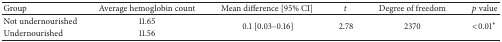
<table><thead><tr><td><b>Group </b></td><td><b>Average hemoglobin count </b></td><td><b>Mean difference [95% CI] </b></td><td><b><i>t</i></b></td><td><b>Degree of freedom </b></td><td><b><i>p</i> value </b></td></tr></thead><tbody><tr><td>Not undernourished </td><td>11.65</td><td rowspan="2"> 0.1 [0.03–0.16]</td><td rowspan="2">2.78</td><td rowspan="2">2370</td><td rowspan="2">&lt;0.01<sup><i>∗</i></sup></td></tr><tr><td>Undernourished </td><td>11.56</td></tr></tbody></table>